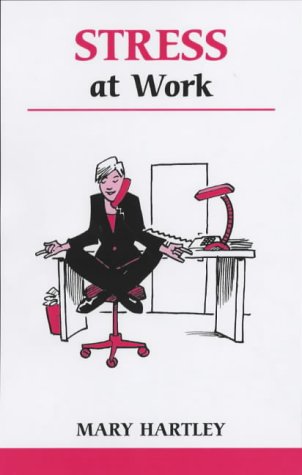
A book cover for Stress At Work: A Workbook to Help You Take Control of Work-Related Stress (Overcoming Common Problems); Mary Hartley; Business & Money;